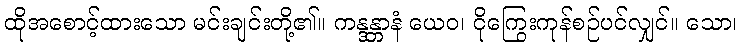
ထိုအစောင့်ထားသော မင်းချင်းတို့၏။ ကန္ဒန္တာနံ ယေဝ၊ ငိုကြွေးကုန်စဉ်ပင်လျှင်။ သော၊